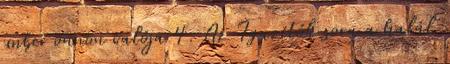
ember önnön valója 4. Az Igazítók sora a halál